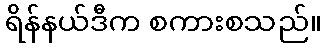
ရိန်နယ်ဒီက စကားစသည်။